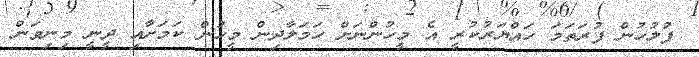
ފުލުހުން ފުރަތަމަ ހައްޔަރުކުރީ އެ މީހުންނަށް ހަމަލާދިން މީހުން ކަމަށާއި ދީނީ މިނިވަން